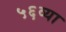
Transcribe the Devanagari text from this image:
५६व्या